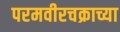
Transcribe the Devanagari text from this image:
परमवीरचक्राच्या